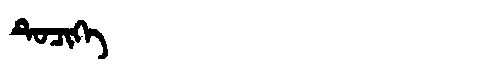
Manchu: ᡨᡠᠴᡳᡴᡝ
Romanization: TUCIKE